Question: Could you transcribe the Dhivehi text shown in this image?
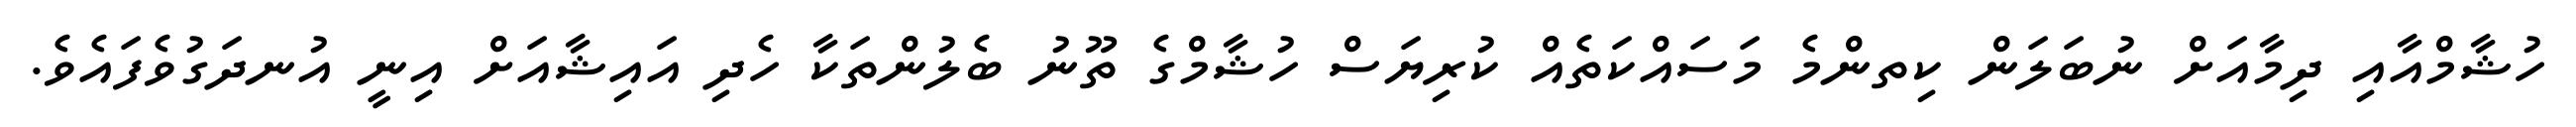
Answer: ހުޝާމްއާއި ދިމާއަށް ނުބަލަން ކިތންމެ މަސައްކަތެއް ކުރިޔަސް ހުޝާމްގެ ތޫނު ބެލުންތަކާ ހެދި އައިޝާއަށް އިނީ އުނދަގުވެފައެވެ.